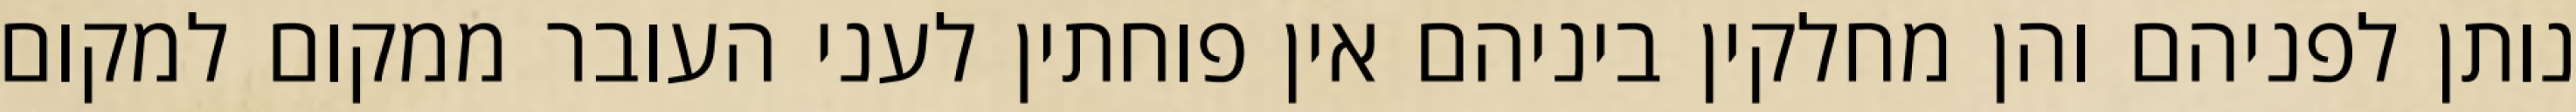
נותן לפניהם והן מחלקין ביניהם אין פוחתין לעני העובר ממקום למקום